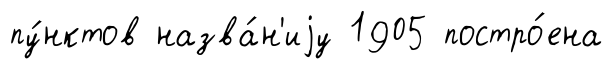
пу́нктов назва́н'иjу 1905 постро́ена